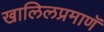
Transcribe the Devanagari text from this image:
खालिलप्रमाणॅ